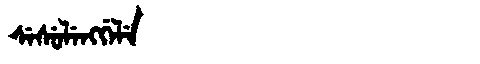
Manchu: ᠰᡝᠰᡠᠯᡝᠩᡤᡝᠯᡝ
Romanization: SESULENGGELE